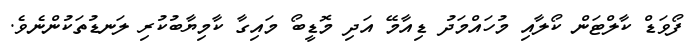
ފޯވަޑް ކާލްޓަން ކޯލާއި މުހައްމަދު ޑިއާމޭ އަދި މޮޑީބޯ މައިގާ ކާމިޔާބުކުރި ލަނޑުތަކުންނެވެ.